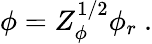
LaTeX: \phi=Z_{\phi}^{1/2}\phi_{r}\ .